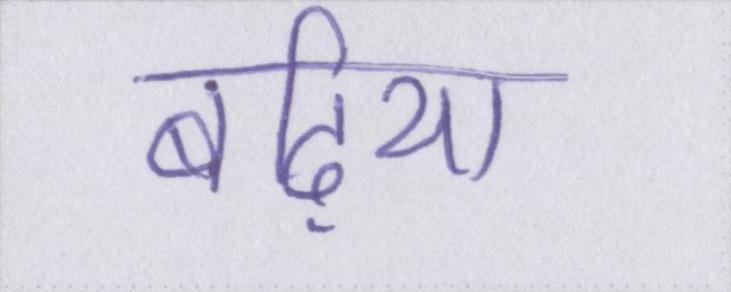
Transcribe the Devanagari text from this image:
बढ़िया